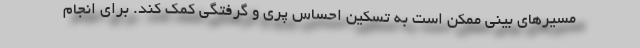
مسیرهای بینی ممکن است به تسکین احساس پری و گرفتگی کمک کند. برای انجام